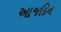
આજદિન